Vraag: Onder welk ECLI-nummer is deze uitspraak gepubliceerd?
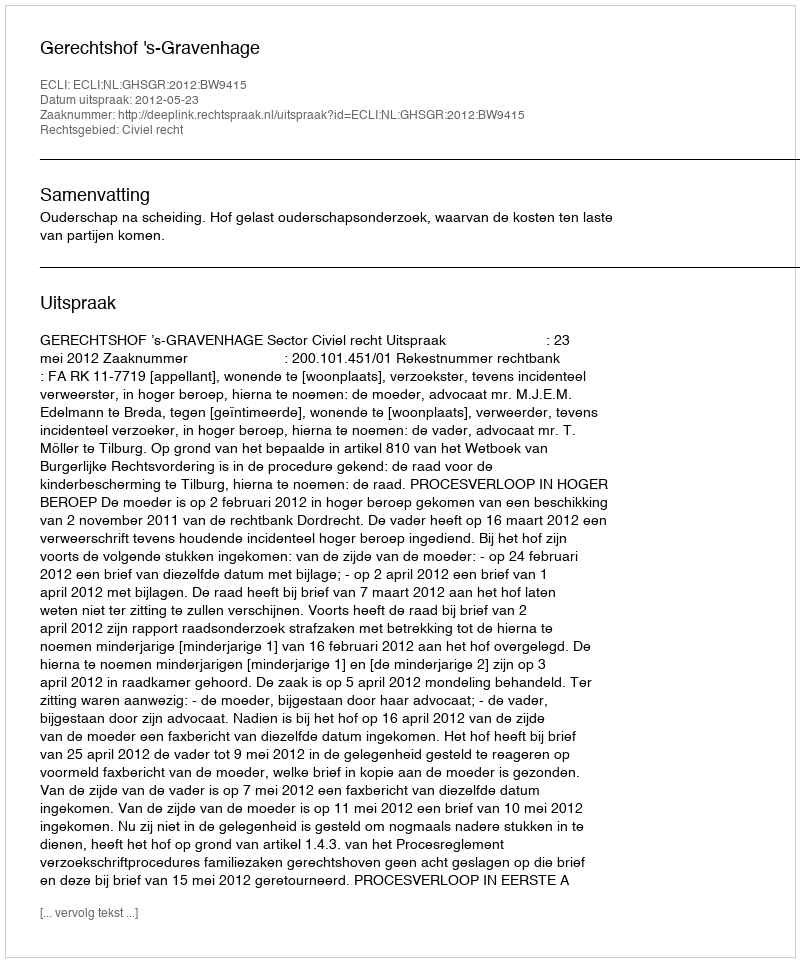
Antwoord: ECLI:NL:GHSGR:2012:BW9415